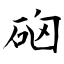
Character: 硇